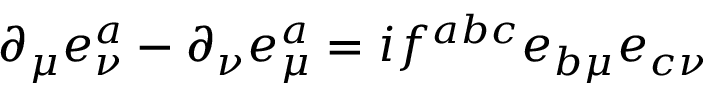
\partial _ { \mu } e _ { \nu } ^ { a } - \partial _ { \nu } e _ { \mu } ^ { a } = i f ^ { a b c } e _ { b \mu } e _ { c \nu }